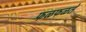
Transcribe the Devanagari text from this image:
फळफळते